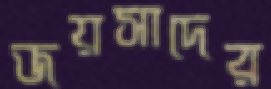
জয়সাদের